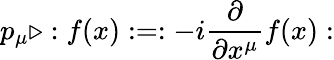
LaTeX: p_{\mu}\triangleright:f(x):=:-i\frac{\partial}{\partial x^{\mu}}f(x):